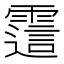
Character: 𬰊